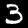
Digit: 3